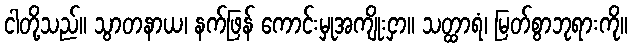
ငါတို့သည်။ သွာတနာယ၊ နက်ဖြန် ကောင်းမှုအကျိုးငှာ။ သတ္ထာရံ၊ မြတ်စွာဘုရားကို။